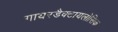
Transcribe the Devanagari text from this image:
गायरडैक्टायलोसिक